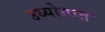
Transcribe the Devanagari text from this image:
उध्योगात